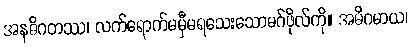
အနဓိဂတဿ၊ လက်ရောက်မမှီမရသေးသောမဂ်ဖိုလ်ကို။ အဓိဂမာယ၊